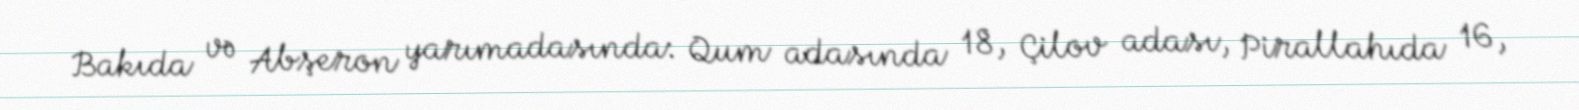
Bakıda və Abşeron yarımadasında: Qum adasında 18, Çilov adası, Pirallahıda 16,